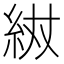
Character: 𮈌